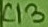
Text: C13